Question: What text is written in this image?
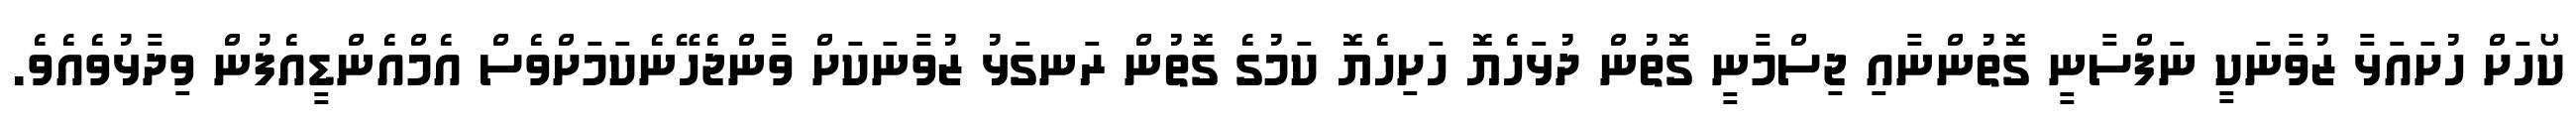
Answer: ކޯހަށް ހުށައަޅާ ޒުވާނަކީ ނަފްސާނީ ގޮތުންނާއި ޖިސްމާނީ ގޮތުން ދުޅަހެޔޮ ހަށިހެޔޮ ކަމުގެ ގޮތުން ރަނގަޅު ޒުވާނަކަށް ވާންޖެހޭނެކަމަށްވެސް އެމްއެންޑީއެފުން ވިދާޅުވެއެވެ.